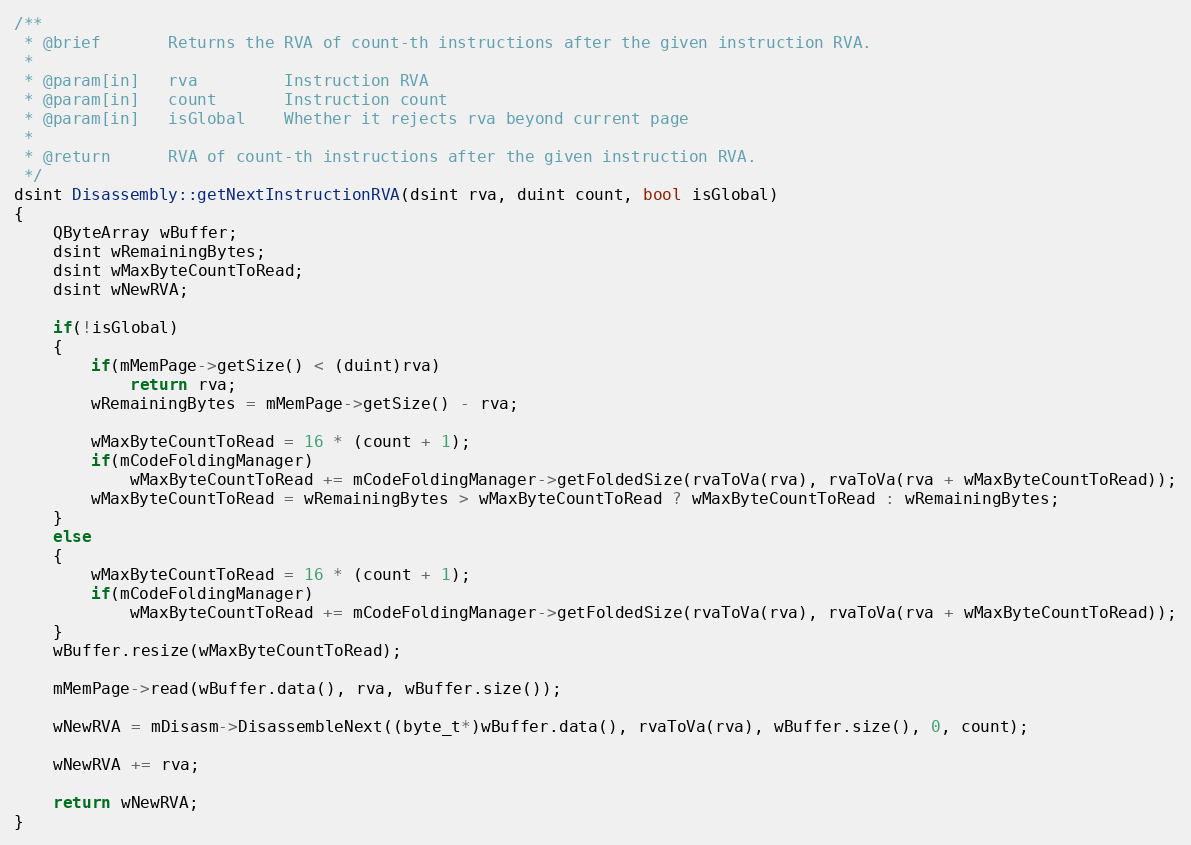
Language: C++
/**
 * @brief       Returns the RVA of count-th instructions after the given instruction RVA.
 *
 * @param[in]   rva         Instruction RVA
 * @param[in]   count       Instruction count
 * @param[in]   isGlobal    Whether it rejects rva beyond current page
 *
 * @return      RVA of count-th instructions after the given instruction RVA.
 */
dsint Disassembly::getNextInstructionRVA(dsint rva, duint count, bool isGlobal)
{
    QByteArray wBuffer;
    dsint wRemainingBytes;
    dsint wMaxByteCountToRead;
    dsint wNewRVA;

    if(!isGlobal)
    {
        if(mMemPage->getSize() < (duint)rva)
            return rva;
        wRemainingBytes = mMemPage->getSize() - rva;

        wMaxByteCountToRead = 16 * (count + 1);
        if(mCodeFoldingManager)
            wMaxByteCountToRead += mCodeFoldingManager->getFoldedSize(rvaToVa(rva), rvaToVa(rva + wMaxByteCountToRead));
        wMaxByteCountToRead = wRemainingBytes > wMaxByteCountToRead ? wMaxByteCountToRead : wRemainingBytes;
    }
    else
    {
        wMaxByteCountToRead = 16 * (count + 1);
        if(mCodeFoldingManager)
            wMaxByteCountToRead += mCodeFoldingManager->getFoldedSize(rvaToVa(rva), rvaToVa(rva + wMaxByteCountToRead));
    }
    wBuffer.resize(wMaxByteCountToRead);

    mMemPage->read(wBuffer.data(), rva, wBuffer.size());

    wNewRVA = mDisasm->DisassembleNext((byte_t*)wBuffer.data(), rvaToVa(rva), wBuffer.size(), 0, count);

    wNewRVA += rva;

    return wNewRVA;
}